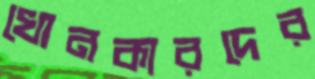
খোনকারদের